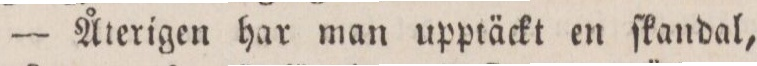
— Återigen har man upptäckt en ſkandal,